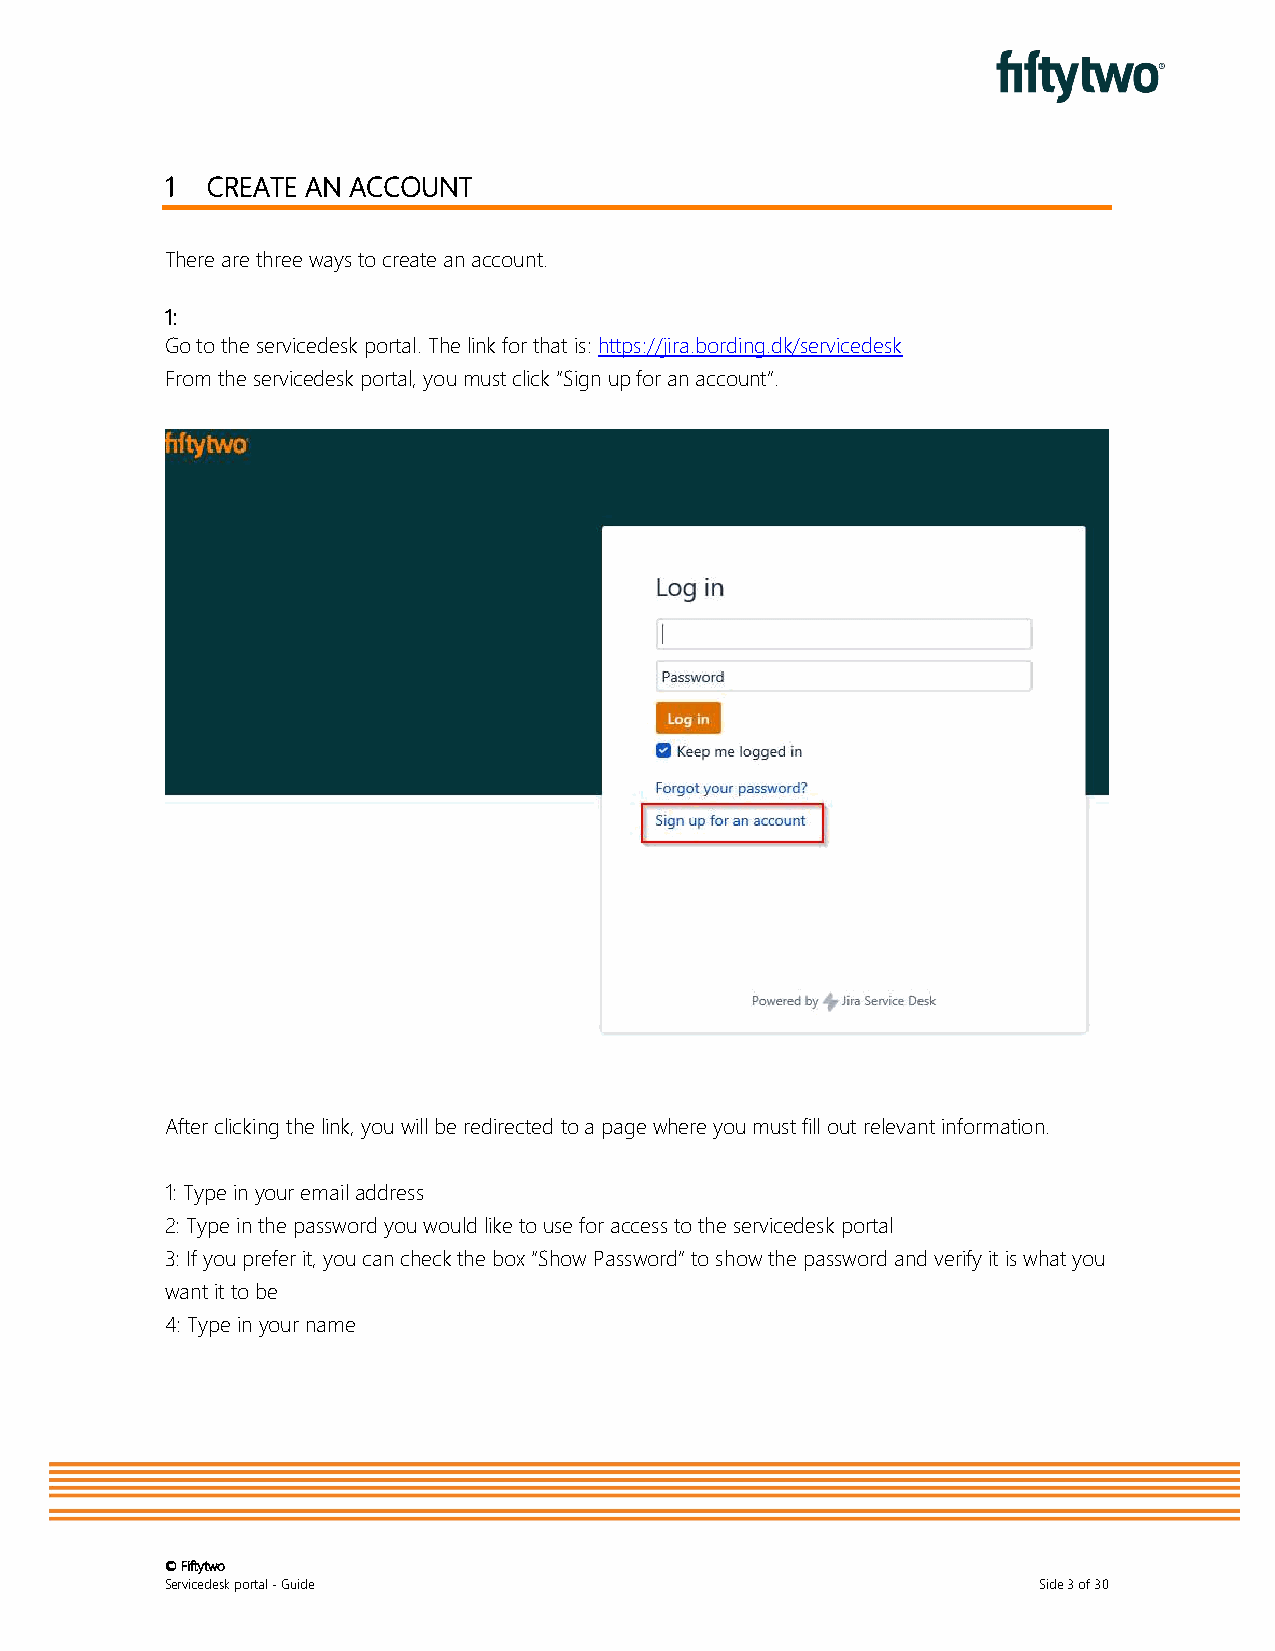
1  CREATE AN ACCOUNT
 There are three ways to create an account.
 1:
 Go to the servicedesk portal. The link for that is: https://jira.bording.dk/servicedesk
 From the servicedesk portal, you must click “Sign up for an account”.
 After clicking the link, you will be redirected to a page where you must fill out relevant information.
 1: Type in your email address
 2: Type in the password you would like to use for access to the servicedesk portal
 3: If you prefer it, you can check the box “Show Password” to show the password and verify it is what you
 want it to be
 4: Type in your name
 © Fiftytwo
 Servicedesk portal - Guide                                Side 3 of 30